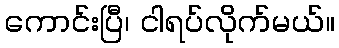
ကောင်းပြီ၊ ငါရပ်လိုက်မယ်။